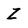
Character: Z